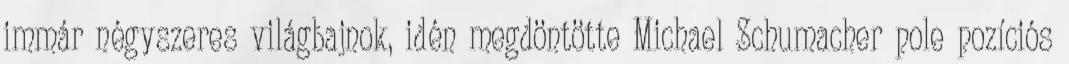
immár négyszeres világbajnok, idén megdöntötte Michael Schumacher pole pozíciós